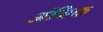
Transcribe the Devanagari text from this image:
अंगिक